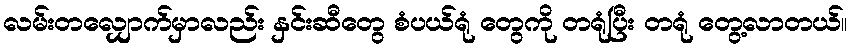
လမ်းတလျှောက်မှာလည်း နှင်းဆီတွေ စံပယ်ရုံ တွေကို တရုံပြီး တရုံ တွေ့လာတယ်။